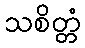
သစိတ္တံ